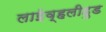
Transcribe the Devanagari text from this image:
लाईव्हलीहुड